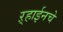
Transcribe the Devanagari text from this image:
ऱ्हाईनचे